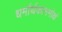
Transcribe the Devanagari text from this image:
धर्मार्थकाममोक्षं